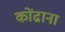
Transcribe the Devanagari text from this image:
कोंढाना